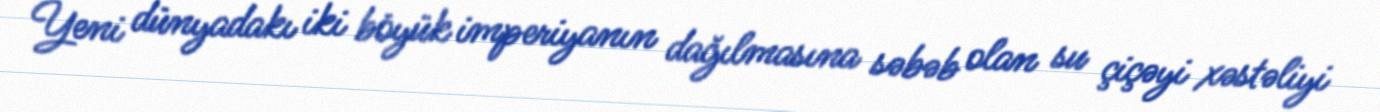
Yeni dünyadakı iki böyük imperiyanın dağılmasına səbəb olan su çiçəyi xəstəliyi